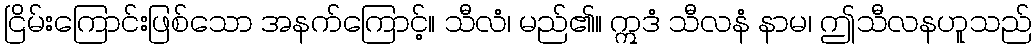
ငြိမ်းကြောင်းဖြစ်သော အနက်ကြောင့်။ သီလံ၊ မည်၏။ ဣဒံ သီလနံ နာမ၊ ဤသီလနဟူသည်